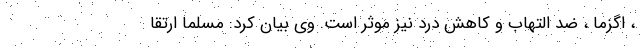
، اگزما ، ضد التهاب و کاهش درد نیز موثر است. وی بیان کرد: مسلما ارتقا